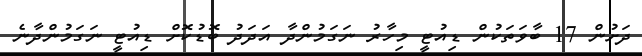
ދަށުން 17 ބާވަތަކުން ޑިއުޓީ މިހާރު ނަގަމުންދާ އަދަދު ބޮޑުކޮށް ޑިއުޓީ ނަގަމުންދާނެ